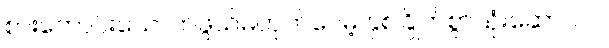
စားကောင်းသောက်ဖွယ်မဟုတ်ပေမဲ့ နှစ်ခြိုက်စွာသုံးဆောင်ပါ။